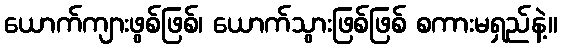
ယောက်ကျားဖွစ်ဖြစ်၊ ယောက်သွားဖြစ်ဖြစ် စကားမရှည်နဲ့။